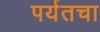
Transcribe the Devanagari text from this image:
पर्यतचा